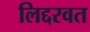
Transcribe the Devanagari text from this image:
लिद्दरवत